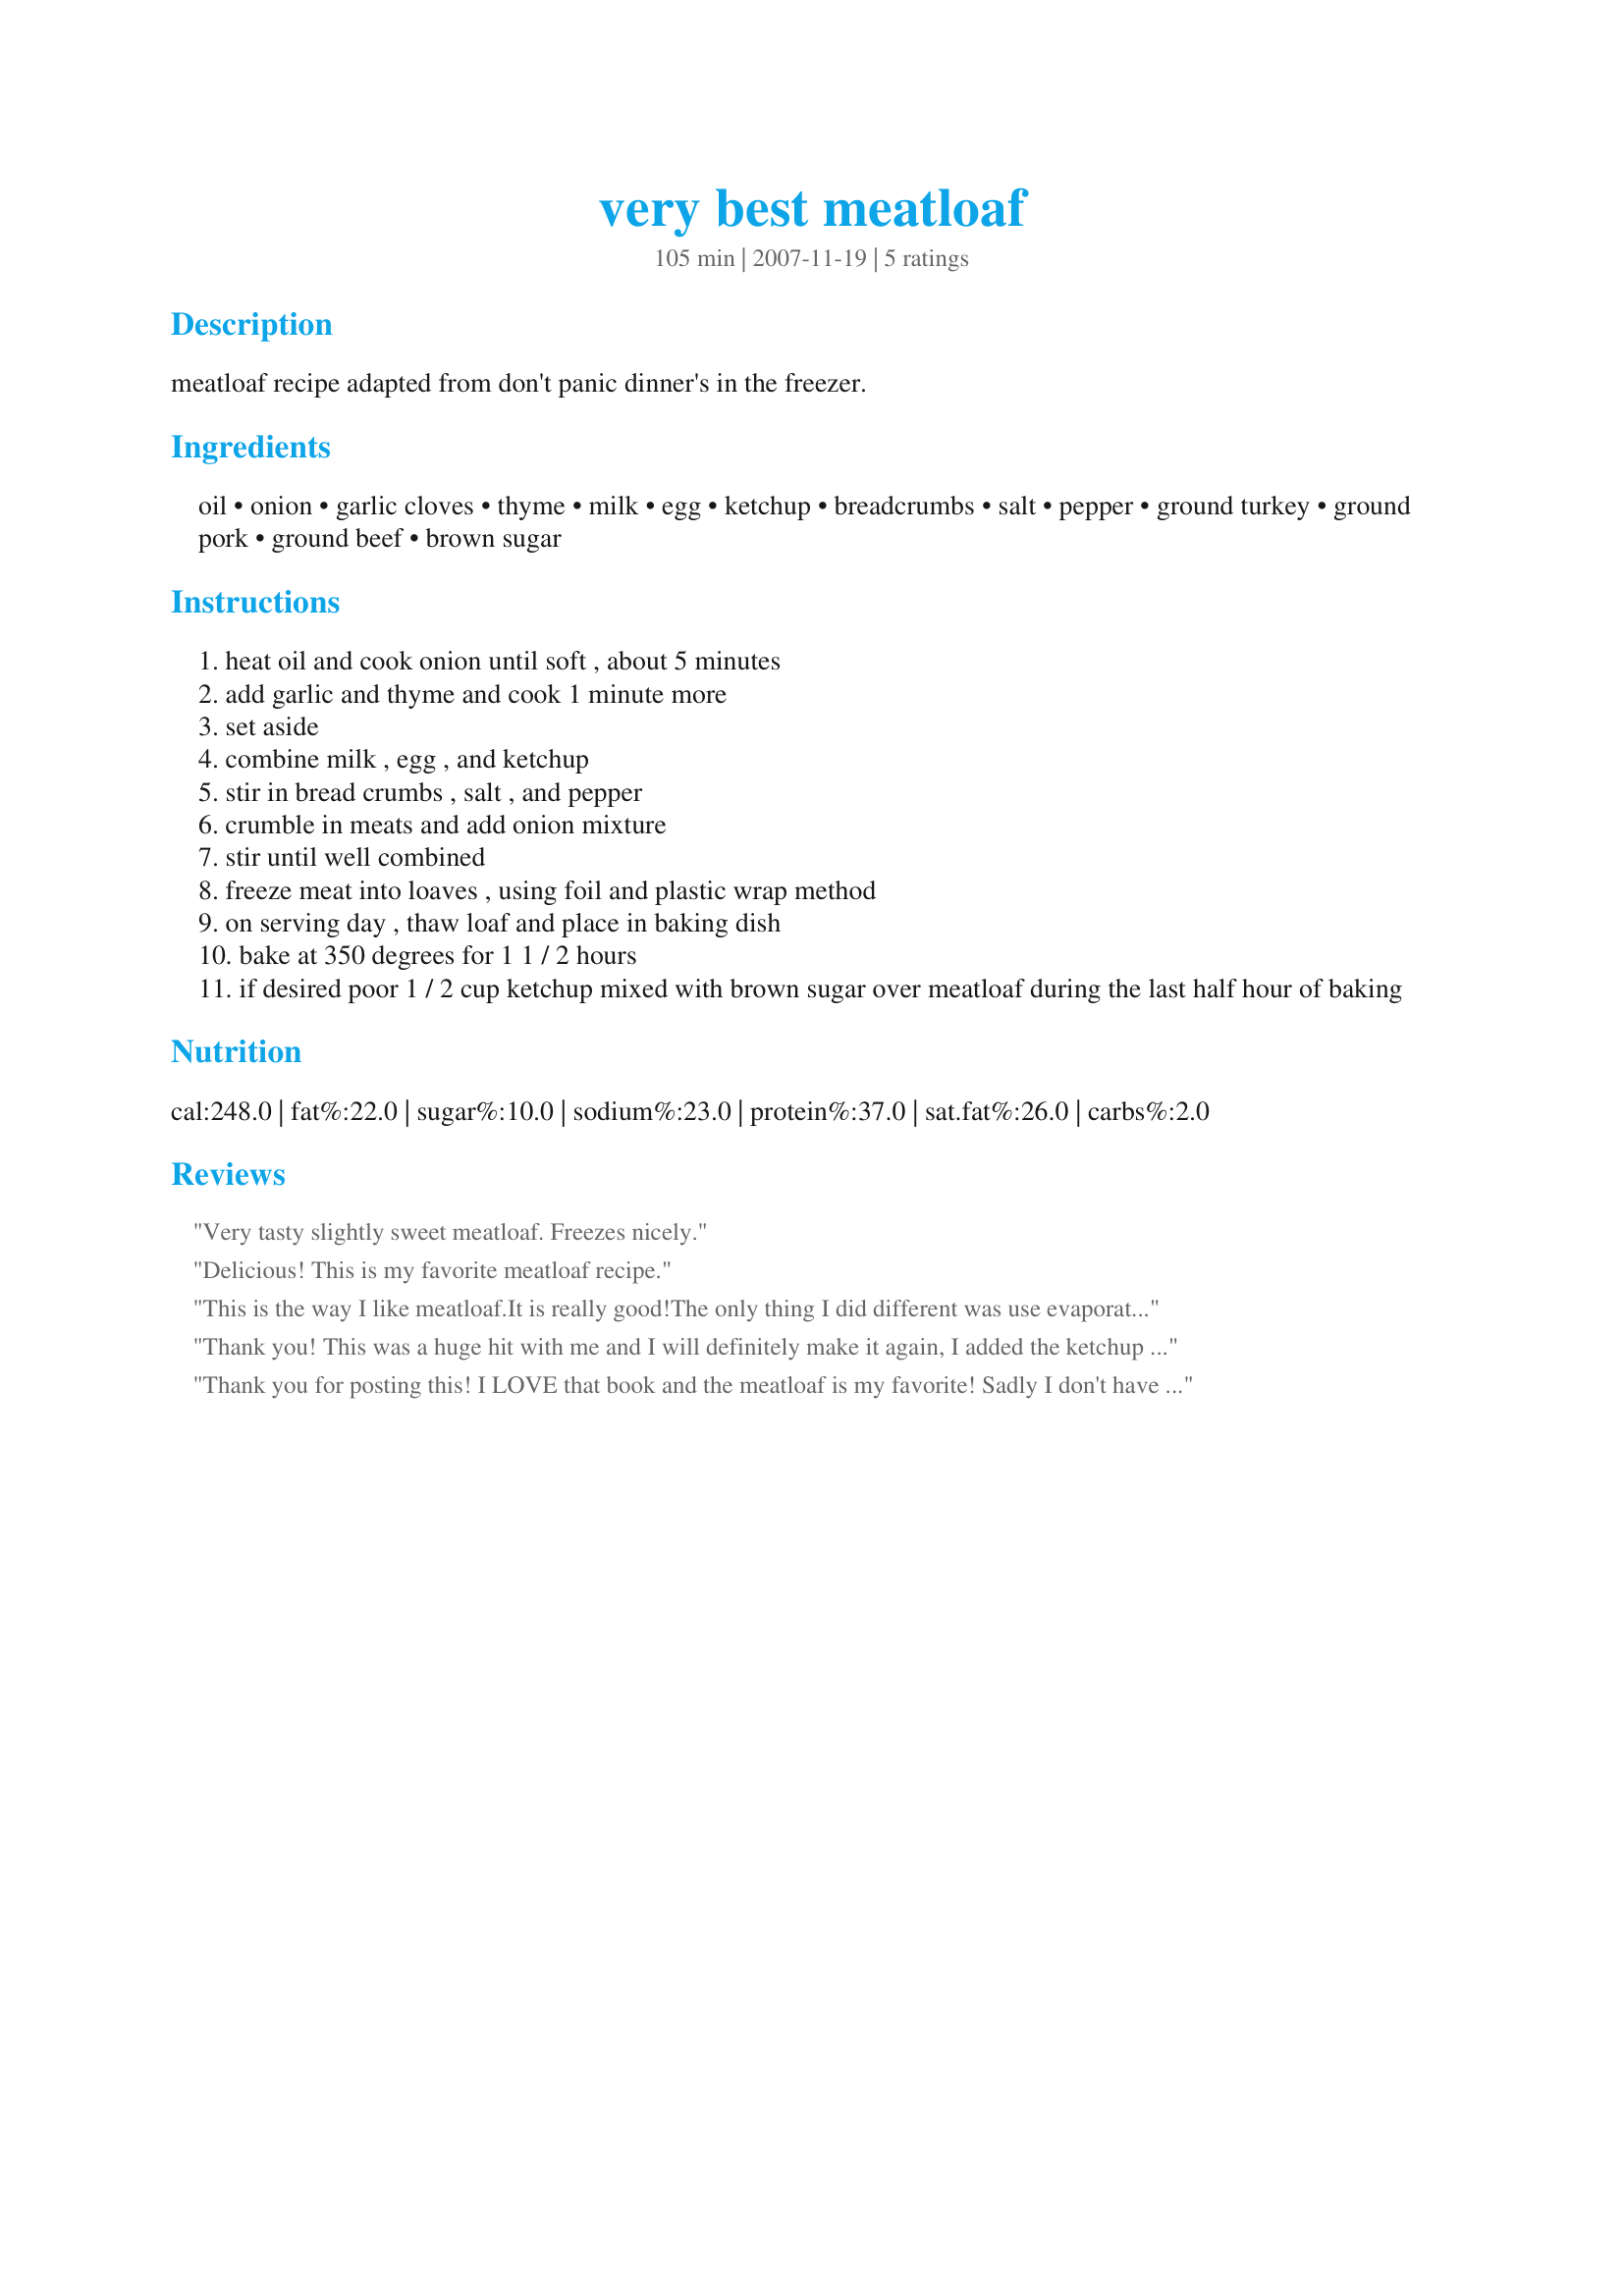
very best meatloaf
Preparation time: 105 minutes

meatloaf recipe adapted from don't panic dinner's in the freezer.

Ingredients:
oil, onion, garlic cloves, thyme, milk, egg, ketchup, breadcrumbs, salt, pepper, ground turkey, ground pork, ground beef, brown sugar

Steps:
heat oil and cook onion until soft , about 5 minutes
add garlic and thyme and cook 1 minute more
set aside
combine milk , egg , and ketchup
stir in bread crumbs , salt , and pepper
crumble in meats and add onion mixture
stir until well combined
freeze meat into loaves , using foil and plastic wrap method
on serving day , thaw loaf and place in baking dish
bake at 350 degrees for 1 1 / 2 hours
if desired poor 1 / 2 cup ketchup mixed with brown sugar over meatloaf during the last half hour of baking

Reviews:
Very tasty slightly sweet meatloaf. Freezes nicely.
Delicious! This is my favorite meatloaf recipe.
This is the way I like meatloaf.It is really good!The only thing I did different was use evaporated milk because to me it is richer.The ketchup adds a bit of sweet to it.This is better than any meatloaf i've ever had.
Men love it.It's easy and delicious so what more do you need?
Thank you for posting chef 569695!
Thank you! This was a huge hit with me and I will definitely make it again, I added the ketchup not the brown sugar.
Thank you for posting this! I LOVE that book and the meatloaf is my favorite! Sadly I don't have the book on hand at the moment and am making meatloaf. Though I always make it as written, an adaption will work just as well right now. You're a life saver! :)
